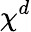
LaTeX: \chi^{d}